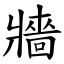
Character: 牆